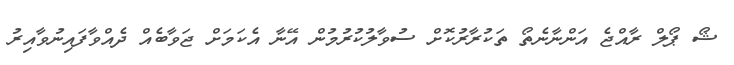
ޝޯ ޕޯލް ރާއްޖެ އަންނާނެތޯ ތަކުރާރުކޮށް ސުވާލުކުރުމުން އޭނާ އެކަމަށް ޖަވާބެއް ދެއްވާފައިނުވާއިރު